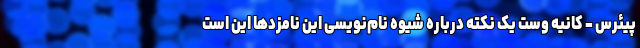
پیئرس - کانیه وست یک نکته درباره شیوه نام‌نویسی این نامزدها این است